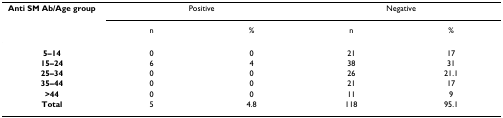
<table><thead><tr><td><b>Anti SM Ab/Age group</b></td><td colspan="2"><b>Positive</b></td><td colspan="2"><b>Negative</b></td></tr><tr><td>[EMPTY_CELL]</td><td><b>n</b></td><td><b>%</b></td><td><b>n</b></td><td><b>%</b></td></tr></thead><tbody><tr><td><b>5–14</b></td><td>0</td><td>0</td><td>21</td><td>17</td></tr><tr><td><b>15–24</b></td><td>6</td><td>4</td><td>38</td><td>31</td></tr><tr><td><b>25–34</b></td><td>0</td><td>0</td><td>26</td><td>21.1</td></tr><tr><td><b>35–44</b></td><td>0</td><td>0</td><td>21</td><td>17</td></tr><tr><td><b>&gt;44</b></td><td>0</td><td>0</td><td>11</td><td>9</td></tr><tr><td><b>Total</b></td><td>5</td><td>4.8</td><td>118</td><td>95.1</td></tr></tbody></table>